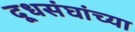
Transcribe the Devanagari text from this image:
दूधसंघांच्या